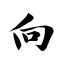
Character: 向